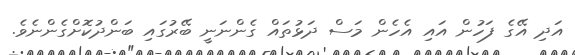
އަދި އޭގެ ފަހުން އައި އެހެން މަސް ދަޅުތައް ގެންނަނީ ބޭރުގައި ބަންދުކޮށްގެންނެވެ.